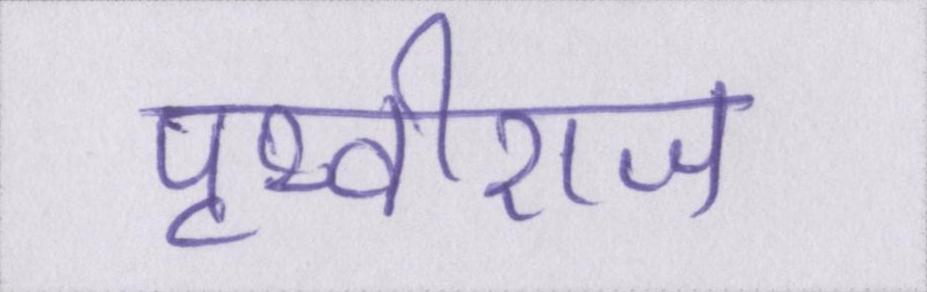
पृथ्वीराज